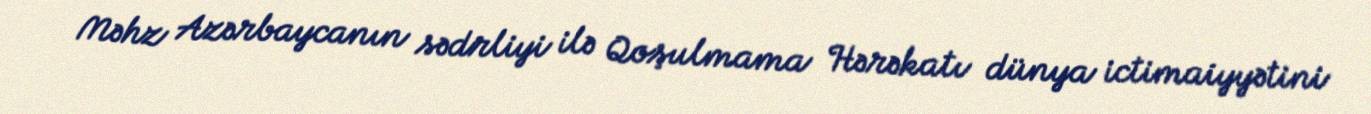
Məhz Azərbaycanın sədrliyi ilə Qoşulmama Hərəkatı dünya ictimaiyyətini